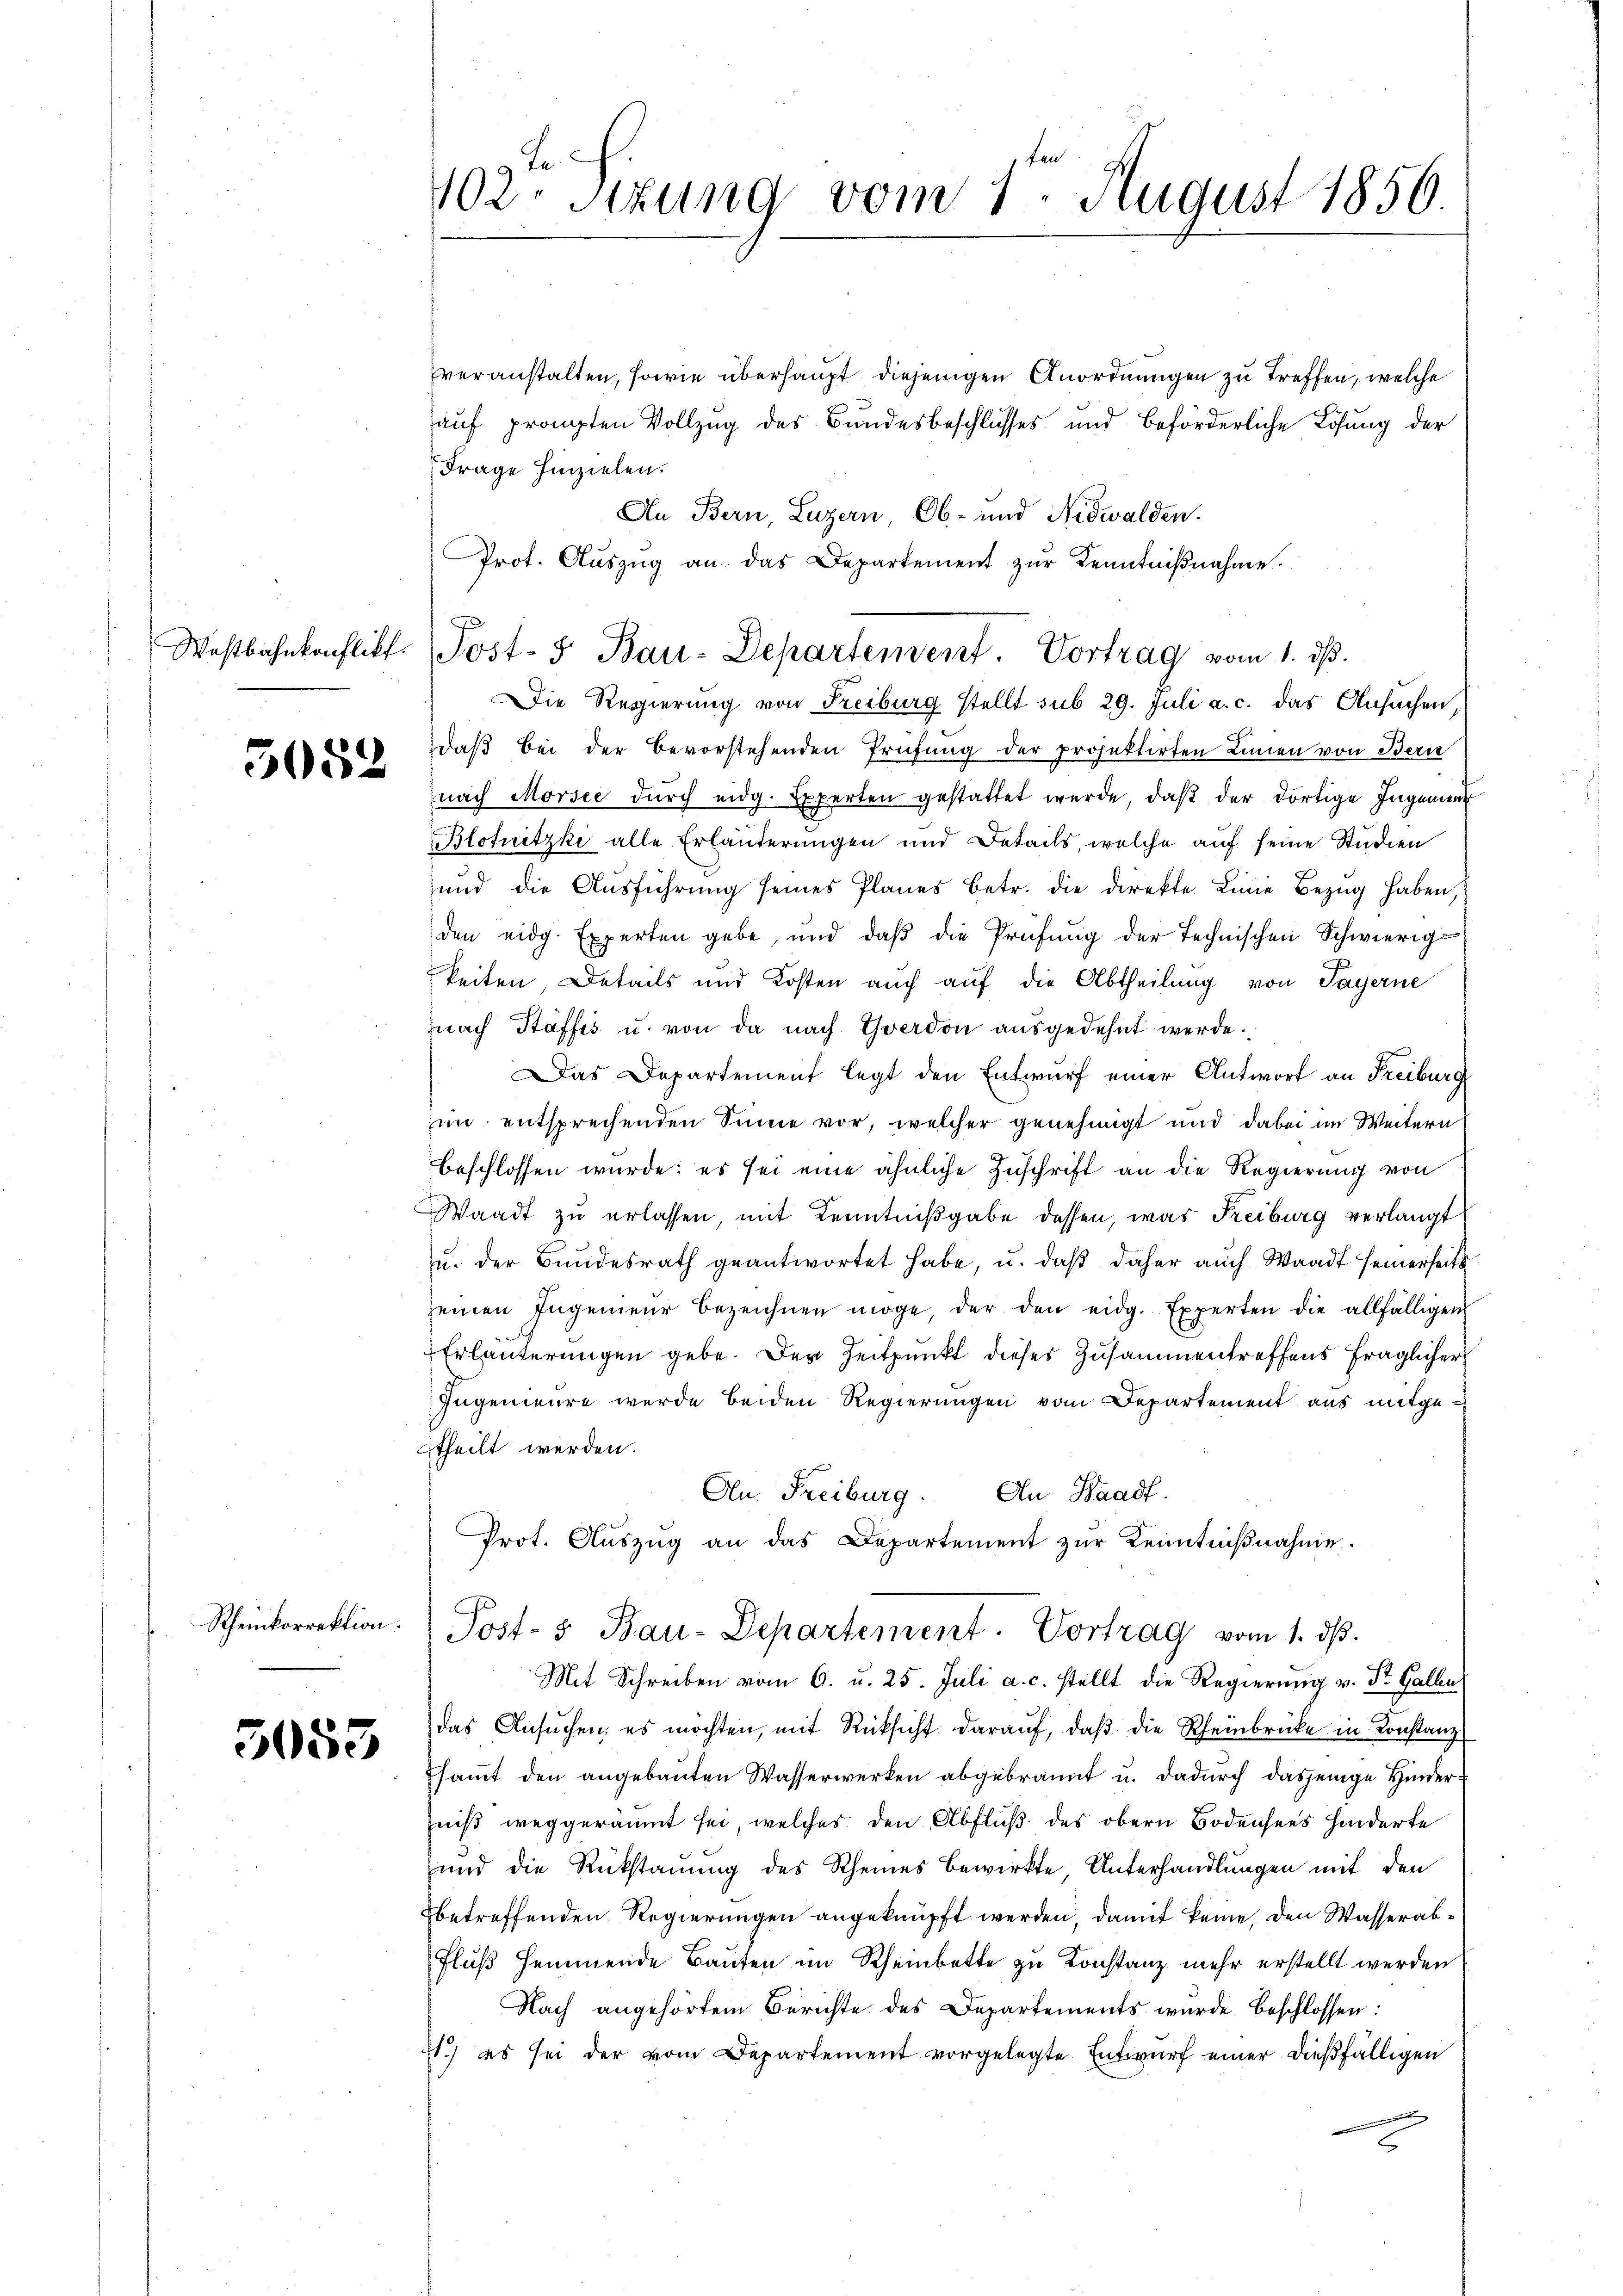
3052

Rheinkorrektion.

3053

102. Sitzung vom 1. August 1856.

veranstalten, sowie überhaupt diejenigen Anordnungen zu treffen, welche
auf prängten Vollzug des Bundesbeschlusses und beförderliche Lösung der
Frage hinzielen.
An Bern, Luzern, Ob- und Nidwalden.
Prot. Aŭszŭg an das Departement zŭr Kenntniβnahme.
Die Regierung von Freiburg stellt sub 29. Juli a. c. das Ansuchen,
daß bei der bevorstehenden Prüfung der projektirten Linien von Berie
nach Morsee dŭrch eidg. Experten gestattet werde, daβ der dortige Ingenient
Blotnitzki alle Erläuterungen und Details, welche auf seine Studien
und die Ausführung seines Planes betr. die direkte Linie Bezug haben,
den eidg. Experten gebe, und daß die Prüfung der Technischen Schwierigkeiten, Details und Kosten auch auf die Abtheilung von Payerne
nach Stäffes u. von da nach Yverdon ausgedehnt werde.
Das Departement legt den Entwurf einer Antwort an Freiburg
im entsprechenden Sinne vor, welcher genehmigt und dabei im Weitern
beschlossen wurde: es sei eine ähnliche Zuschrift an die Regierung von
Waadt zu erlassen, mit Kenntnißgabe dessen, was Freiburg verlangt
u. der Bundesrath geantwortet habe, u. daβ daher auch Waadt seinerseits
seinen Ingenieur bezeichnen möge, der den eidg. Experten die allfälligen
Erläuterungen gebe. Der Zeitpunkt dieses Zusammentreffens fraglicher
zngenieure werde beiden Regierungen vom Departement aus mitgetheilt werden.
An Waadt.
An Freiburg.
Prot. Aŭszŭg an das Departement zŭr Kenntniβnahme.
Post- & Bau-Departement. Vortrag vom 1. dβ.
Mit Schreiben vom 6. u. 25. Juli a. c. stellt die Regierŭng v. St. Galle
das Ansuchen, es möchten, mit Rücksicht darauf, daß die Rheinbrücke in Konstanz
Esamt den angebauten Wasserwerken abgebrannt u. dadurch dasjenige Hinderniß weggeräumt sei, welches den Abfluß des obern Bodensees hinderte
und die Rückstauung des Rheines Bewirkte, Unterhandlungen mit den
betreffenden Regierungen angeknüpft werden, damit keine, den Wasserab¬
Fluß hemmende Bauten im Rheinbette zu Konstanz mehr erstellt werden
Nach angehörtem Berichte des Departements wurde beschlossen:
1.) es sei der vom Departement vorgelegte Entwurf einer dießfälligen

Westbahnkonflikt Post- 5 Bau-Departement. Vortrag vom 1. dβ.